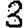
Digit: 3